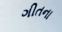
ગીતના